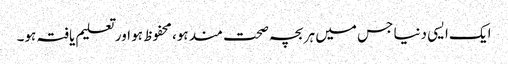
ایک ایسی دنیا جس میں ہر بچہ صحت مند ہو، محفوظ ہو اور تعلیم یافتہ ہو۔